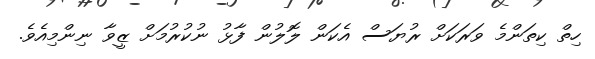
ހިތް ކިތަންމެ ވަރަކަށް ރުޔަސް އެކަން ލޮލުން ފާޅު ނުކުރުމަށް ޒީވާ ނިންމިއެވެ.